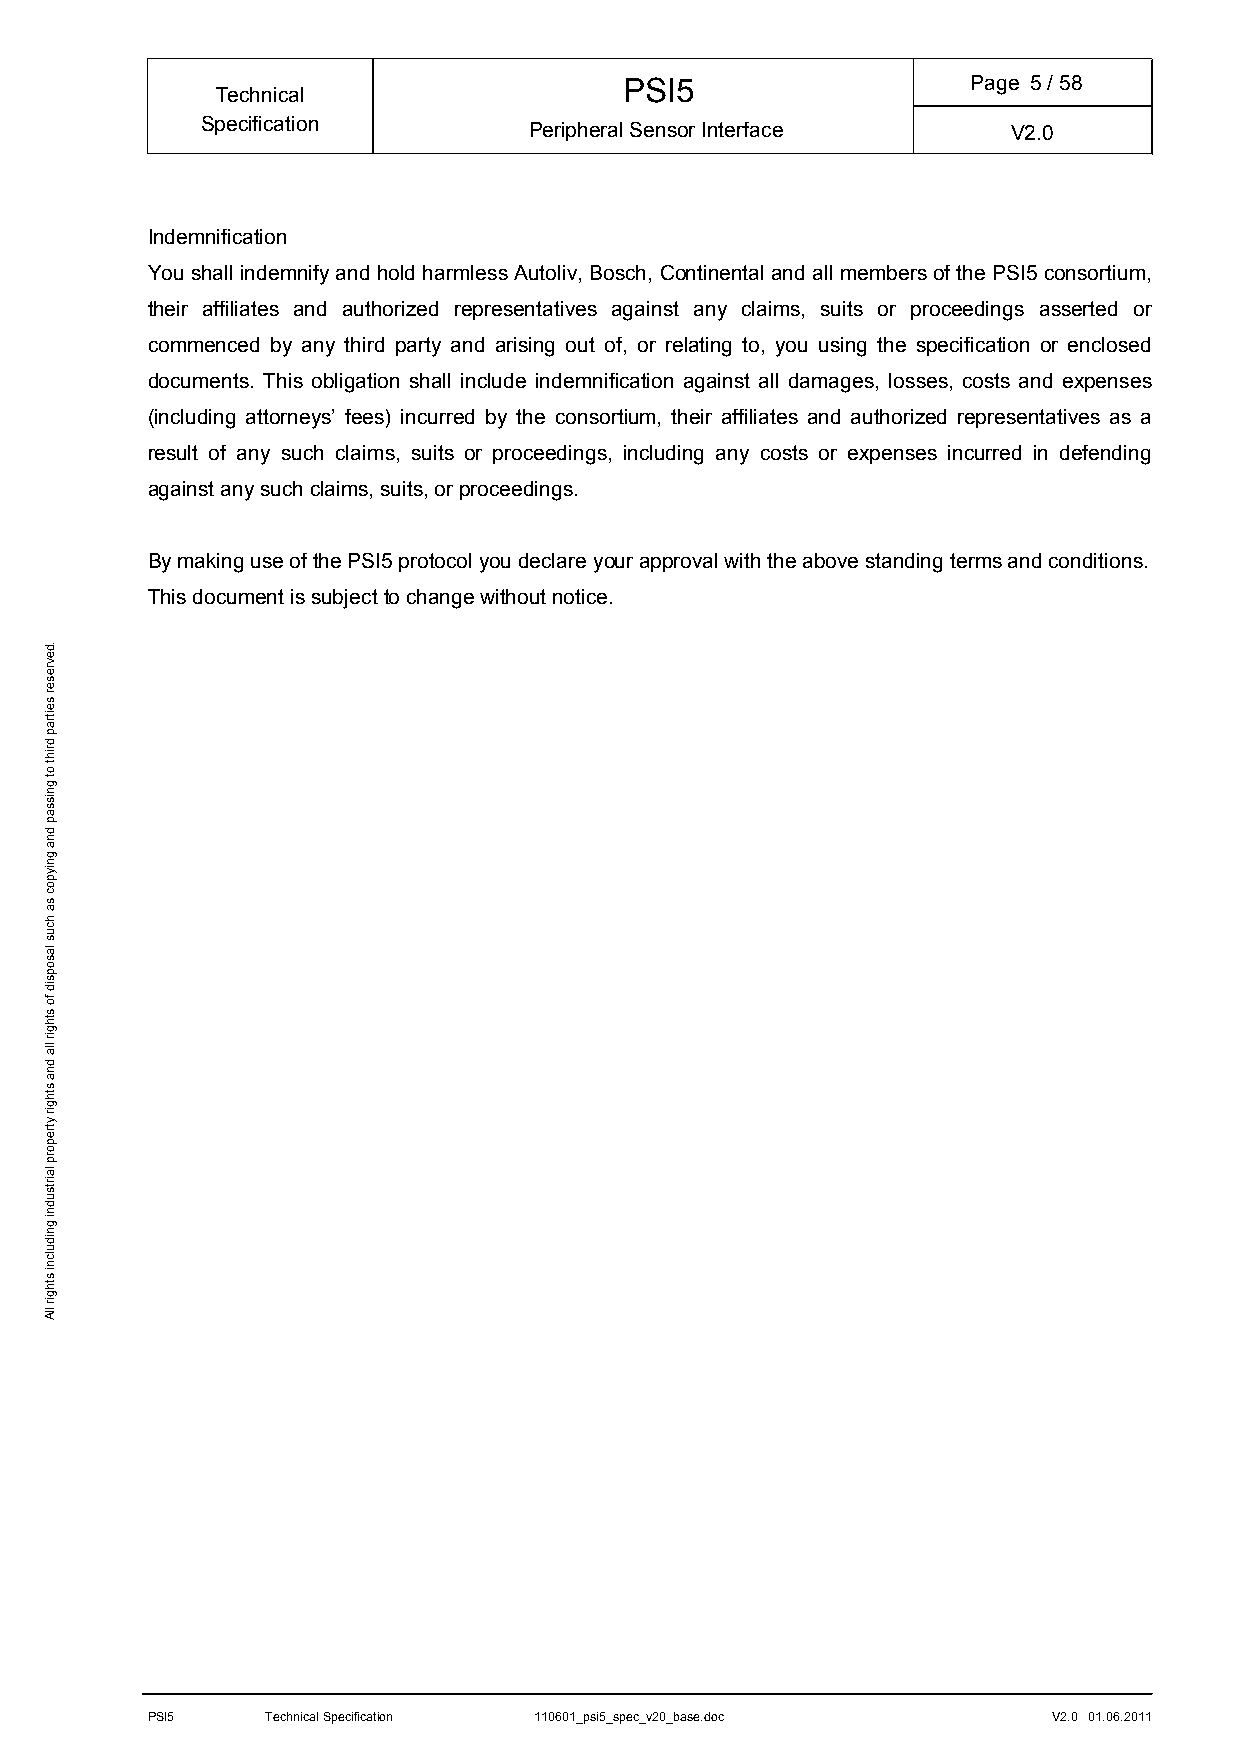
PSI5                   Page 5/ 58
 Technical
 Specification         Peripheral Sensor Interface     V2.0
 Indemnification
 You shall indemnify and hold harmless Autoliv, Bosch, Continental and all members of the PSI5 consortium,
 their affiliates and authorized representatives against any claims, suits or proceedings asserted or
 commenced by any third party and arising out of, or relating to, you using the specification or enclosed
 documents. This obligation shall include indemnification against all damages, losses, costs and expenses
 (including attorneys’ fees) incurred by the consortium, their affiliates and authorized representatives as a
 result of any such claims, suits or proceedings, including any costs or expenses incurred in defending
 against any such claims, suits, or proceedings.
 By making use of the PSI5 protocol you declare your approval with the above standing terms and conditions.
 This document is subject to change without notice.
 PSI5    Technical Specification 110601_psi5_spec_v20_base.doc V2.0 01.06.2011
 .devreser
 seitrap
 driht
 ot
 gnissap
 dna
 gniypoc
 sa
 hcus
 lasopsid
 fo
 sthgir
 lla
 dna
 sthgir
 ytreporp
 lairtsudni
 gnidulcni
 sthgir
 llA